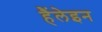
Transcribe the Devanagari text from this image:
हैंलेइन